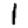
Digit: 1